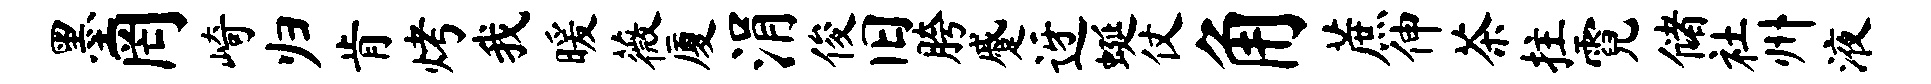
墨罔崎归肯烤我暖薇厦涓俊旧胯蹙迓蜒仗角蔗伸茶拄霓储社州液